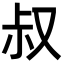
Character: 叔